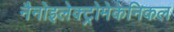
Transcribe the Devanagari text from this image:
नैनोइलेक्ट्रोमेकेनिकल